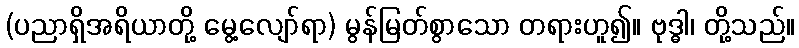
(ပညာရှိအရိယာတို့ မွေ့လျော်ရာ) မွန်မြတ်စွာသော တရားဟူ၍။ ဗုဒ္ဓါ၊ တို့သည်။